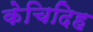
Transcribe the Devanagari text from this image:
केचिदिह